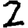
Digit: 2